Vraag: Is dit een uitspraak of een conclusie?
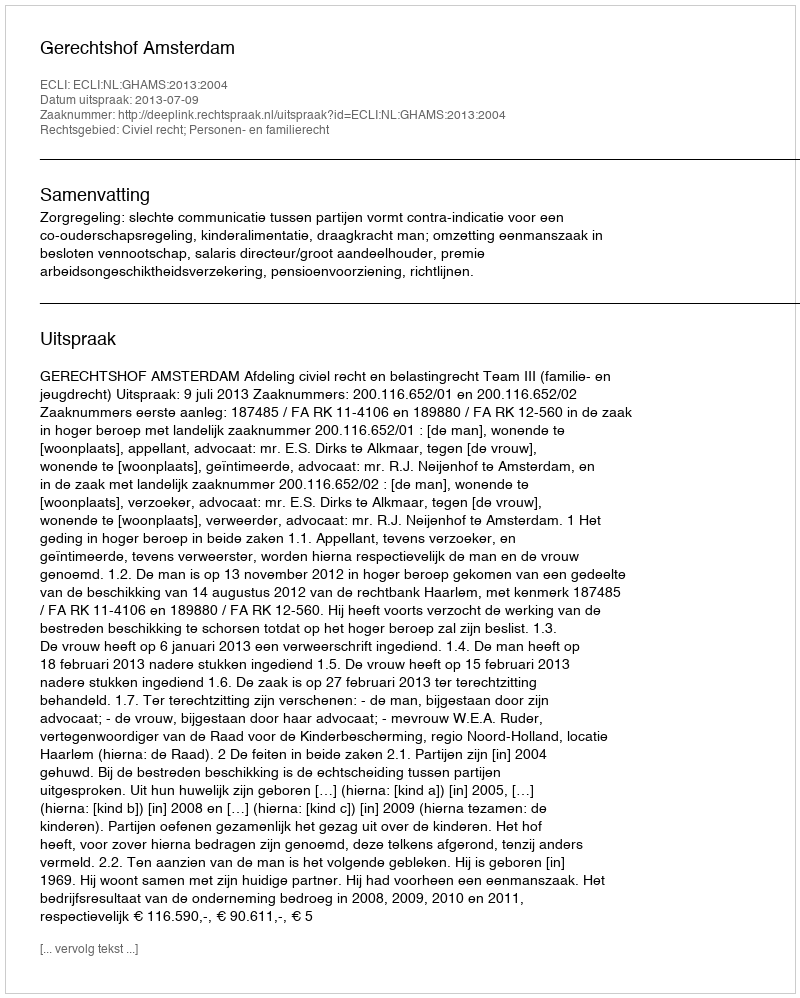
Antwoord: Uitspraak